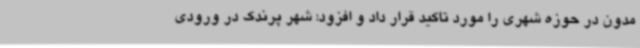
مدون در حوزه شهری را مورد تاکید قرار داد و افزود: شهر پرندک در ورودی